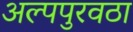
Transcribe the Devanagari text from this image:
अल्पपुरवठा